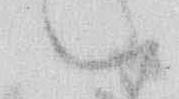
ハ